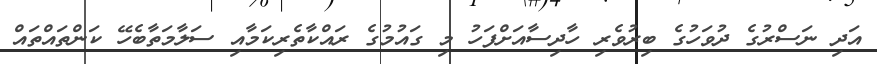
އަދި ނަސްރުގެ ދުވަހުގެ ބިރުވެރި ހާދިސާއަށްފަހު މި ގައުމުގެ ރައްކާތެރިކަމާއި ސަލާމަތާބެހޭ ކަންތައްތައް